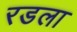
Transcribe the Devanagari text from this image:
रडला